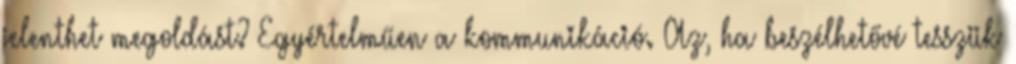
jelenthet megoldást? Egyértelműen a kommunikáció. Az, ha beszélhetővé tesszük